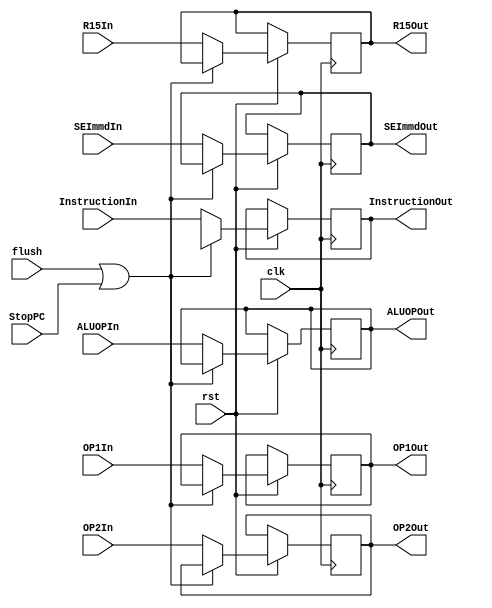
module IDEX(input [15:0]OP1In, OP2In, InstructionIn, SEImmdIn, R15In,
			input [3:0] ALUOPIn,
			input clk, rst, flush, StopPC,
			output reg [3:0] ALUOPOut,
			output reg [15:0] OP1Out, OP2Out, InstructionOut,SEImmdOut, R15Out);
						   
always @(posedge clk, negedge rst)
begin
	
	if(!rst)
	begin
	end
	else if ((flush)||(StopPC==1'b1))
	begin
		InstructionOut <= 16'hxxxx;
	end
	else
	begin
		SEImmdOut <=SEImmdIn;
		OP1Out<=OP1In;
		OP2Out<=OP2In;
		ALUOPOut<=ALUOPIn;
		InstructionOut<=InstructionIn;
		R15Out <= R15In;
	end
end
endmodule